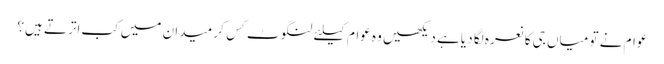
عوام نے تو میاں جی کا نعرہ لگا دیا ہے دیکھیں وہ عوام کیلئے لنگوٹ کَس کر میدان میں کب اترتے ہیں؟